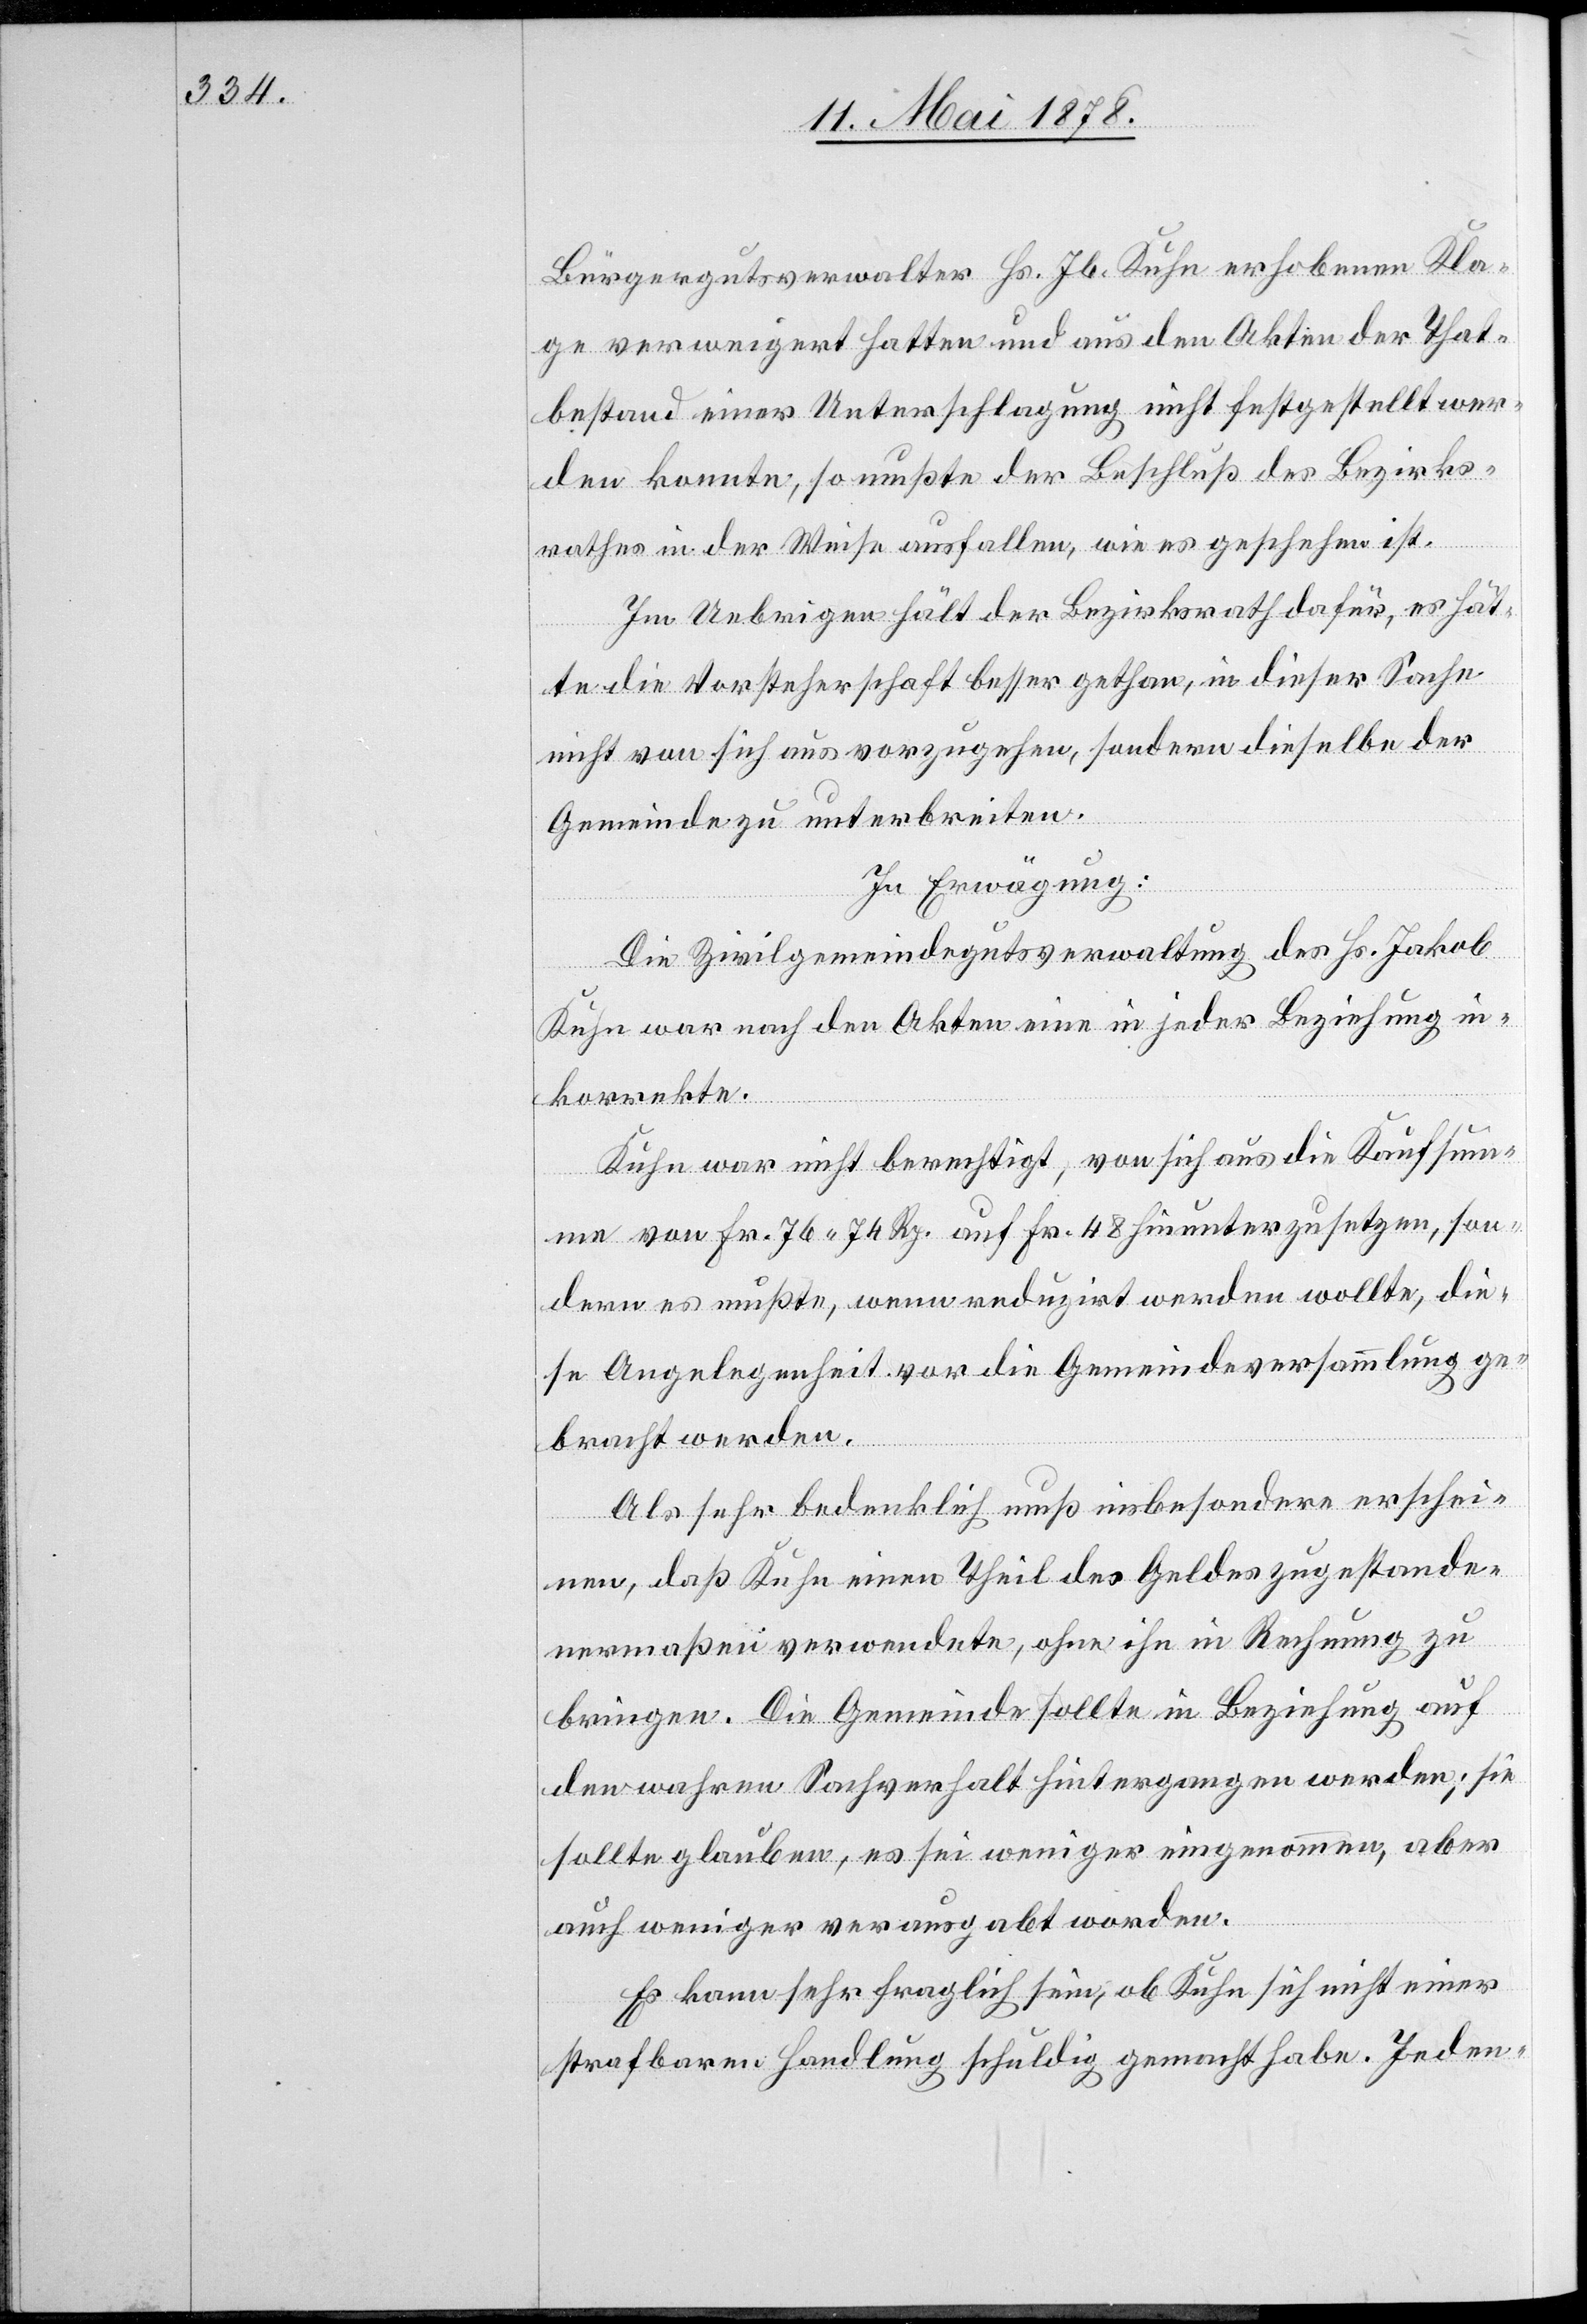
Bürgergutsverwalter Hs. Jb. Kuhn erhobenen Kla¬
ge verweigert hatten und aus den Akten der That¬
bestand einer Unterschlagung nicht festgestellt wer¬
den konnte, so mußte der Beschluß des Bezirks¬
rathes in der Weise ausfallen, wie es geschehen ist.
Im Uebrigen hält der Bezirksrath dafür, es hät¬
te die Vorsteherschaft besser gethan, in dieser Sache
nicht von sich aus vorzugehen, sondern dieselbe der
Gemeinde zu unterbreiten.
In Erwägung:
Die Zivilgemeindegutsverwaltung des Hs. Jakob
Kuhn war nach den Akten eine in jeder Beziehung in¬
korrekte.
Kuhn war nicht berechtigt, von sich aus die Kaufsum¬
me von Fr. 76. 74 Rp. auf Fr. 48 hinunterzusetzen, son¬
dern es mußte, wenn reduzirt werden wollte, die¬
se Angelegenheit vor die Gemeindeversammlung ge¬
bracht werden.
Als sehr bedenklich muß insbesondere erschei¬
nen, daß Kuhn einen Theil des Geldes zugestande¬
nermaßen verwendete, ohne ihn in Rechnung zu
bringen. Die Gemeinde sollte in Beziehung auf
den wahren Sachverhalt hintergangen werden; sie
sollte glauben, es sei weniger eingenommen, aber
auch weniger verausgabt worden.
Es kann sehr fraglich sein, ob Kuhn sich nicht einer
strafbaren Handlung schuldig gemacht habe. Jeden-